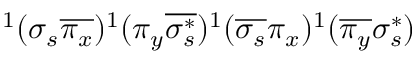
^ 1 ( \sigma _ { s } \overline { { \pi _ { x } } } ) ^ { 1 } ( \pi _ { y } \overline { { \sigma _ { s } ^ { * } } } ) ^ { 1 } ( \overline { { \sigma _ { s } } } \pi _ { x } ) ^ { 1 } ( \overline { { \pi _ { y } } } \sigma _ { s } ^ { * } )